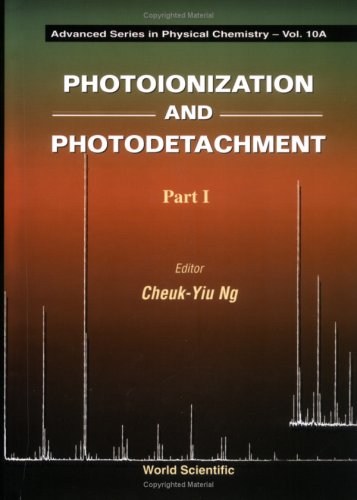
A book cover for Photoionization and Photodetachment (Advanced Series in Physical Chemistry, Vol. 10); Science & Math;